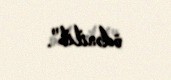
ödənilib".